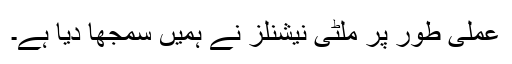
عملی طور پر ملٹی نیشنلز نے ہمیں سمجھا دیا ہے۔